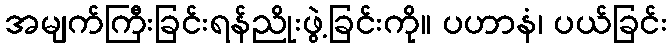
အမျက်ကြီးခြင်းရန်ညိုးဖွဲ့ခြင်းကို။ ပဟာနံ၊ ပယ်ခြင်း